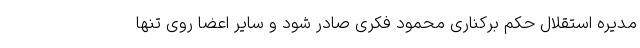
مدیره استقلال حکم برکناری محمود فکری صادر شود و سایر اعضا روی تنها